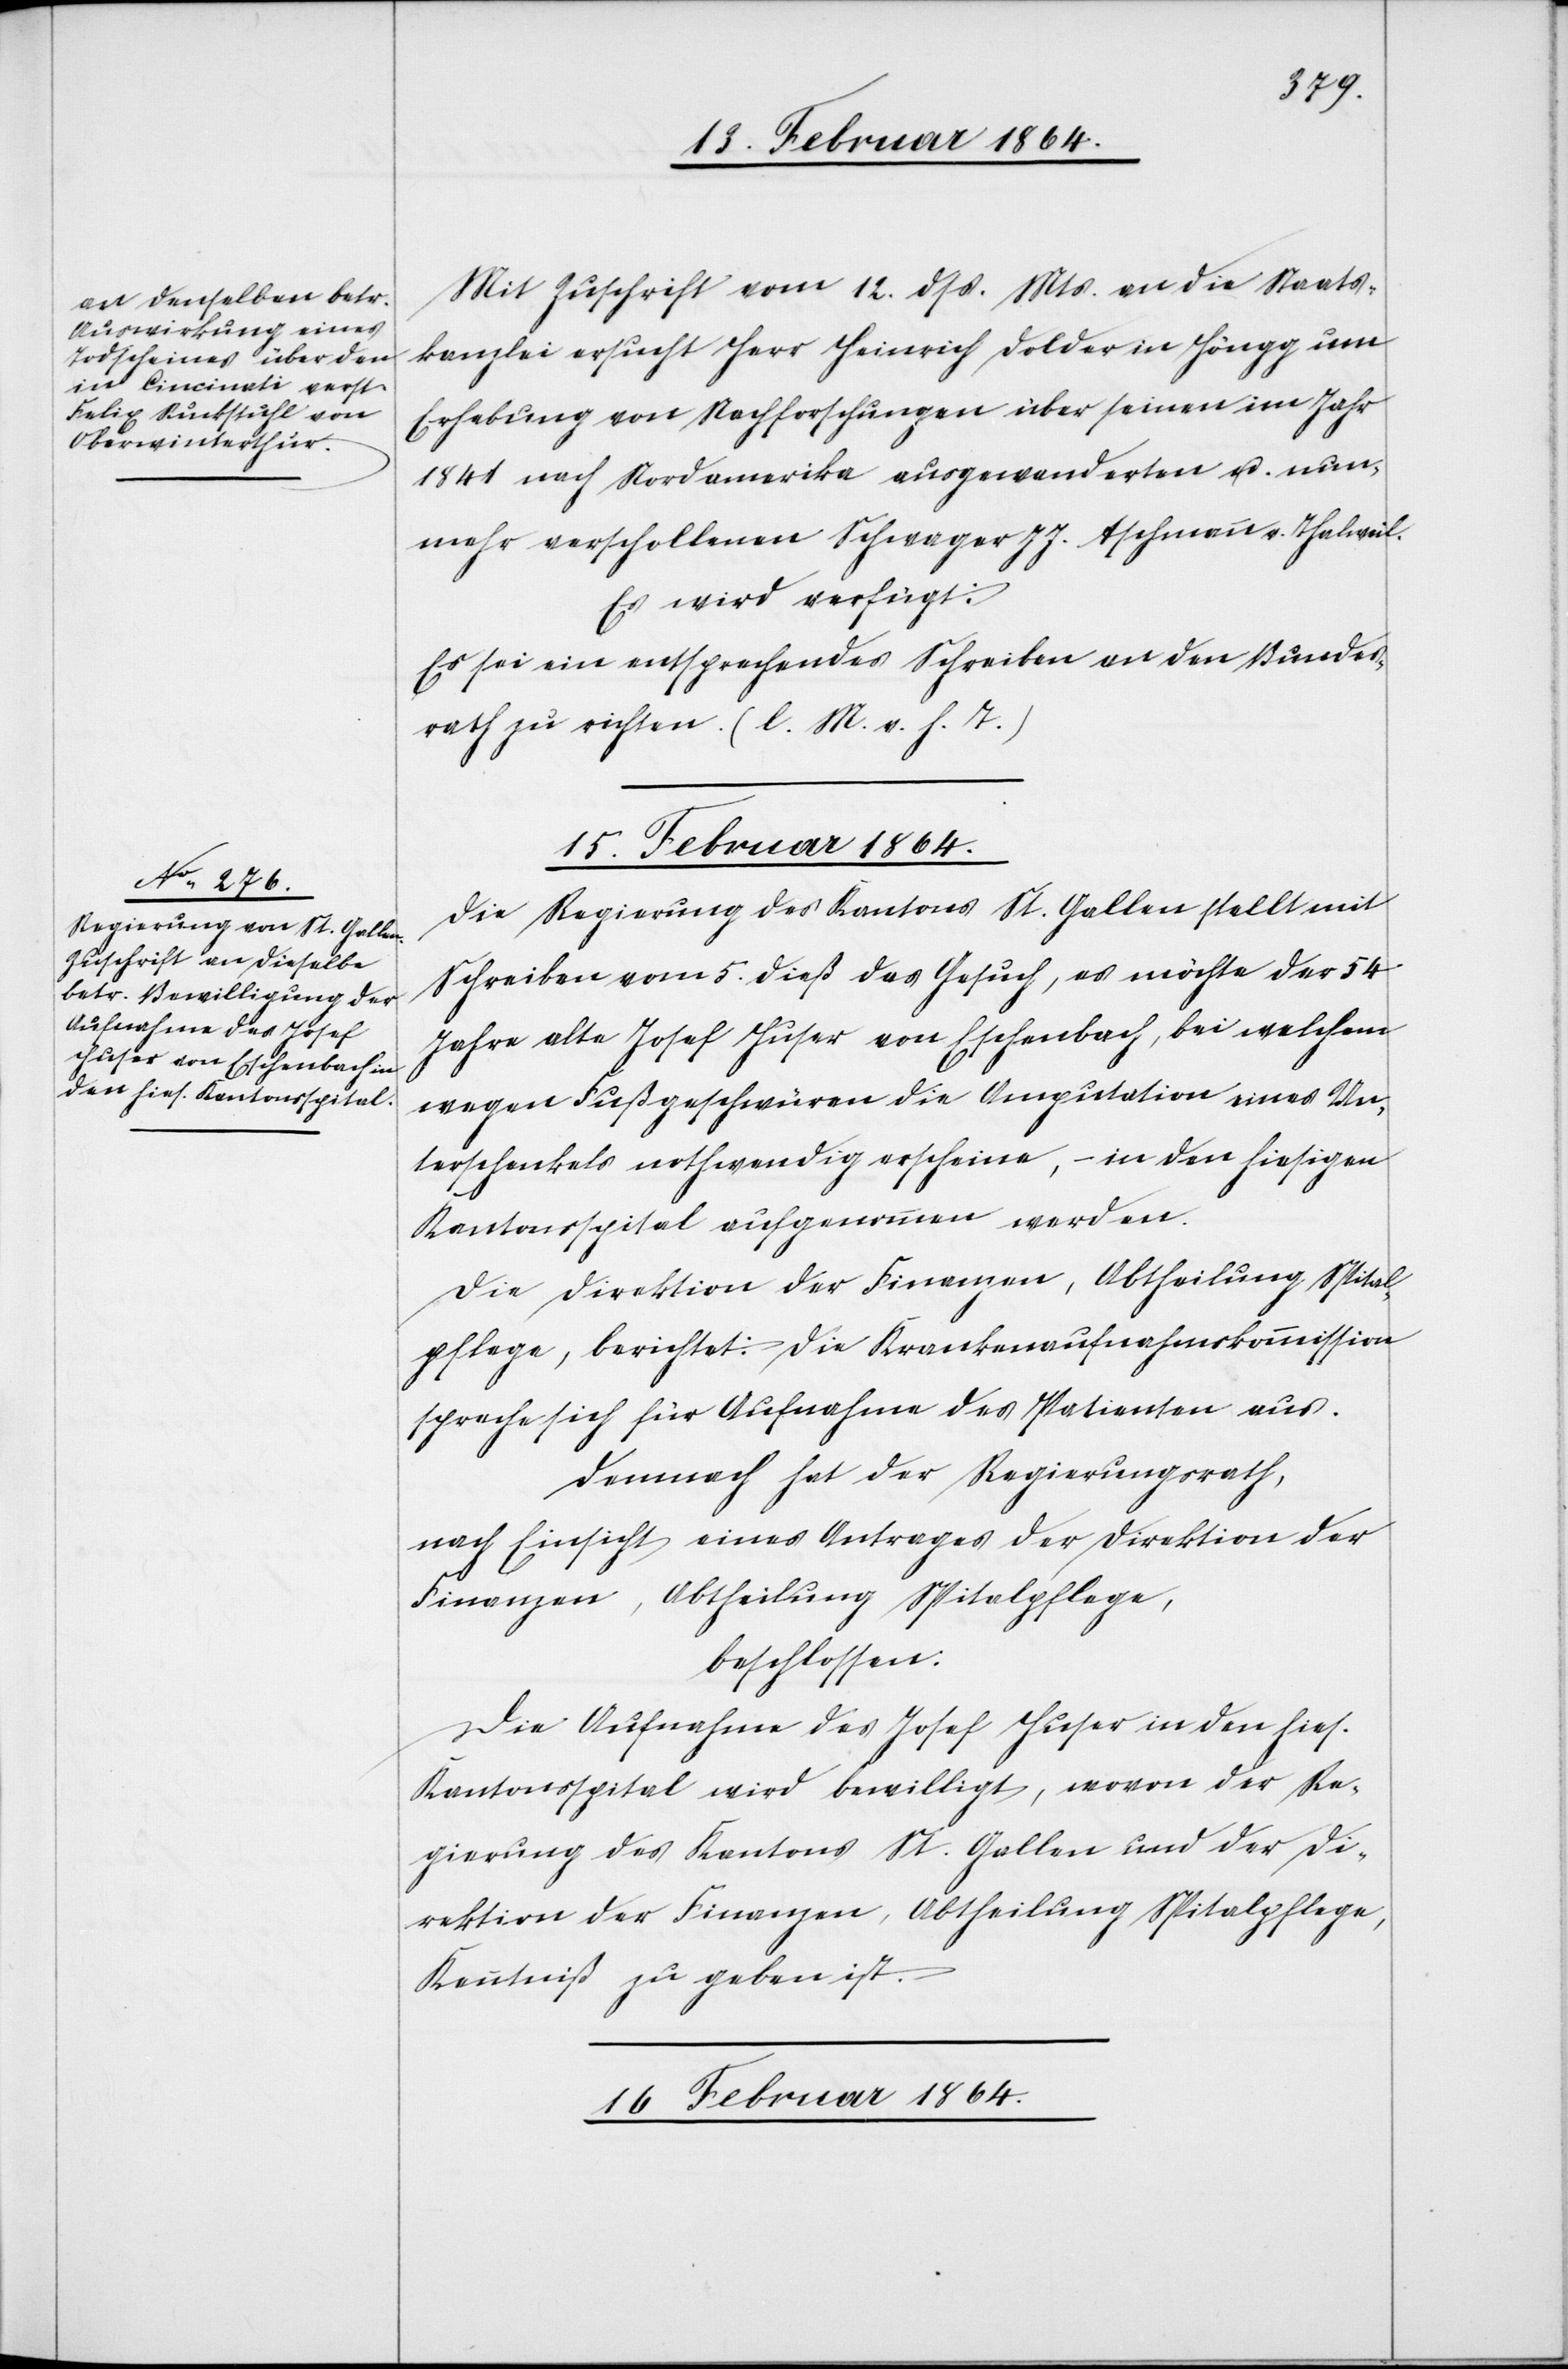
Mit Zuschrift vom 12. dss. Mts. an die Staats¬
kanzlei ersucht Herr Heinrich Dolder in Höngg um
Erhebung von Nachforschungen über seinen im Jahr
1841 nach Nordamerika ausgewanderten u. nun¬
mehr verschollenen Schwager J J. Aschmann v. Thalweil.
Es wird verfügt:
Es sei ein entsprechendes Schreiben an den Bundes¬
rath zu richten. (l. M. v. h. T.)
15. Februar 1864.
Die Regierung des Kantons St. Gallen stellt mit
Schreiben vom 5. dieß das Gesuch, es möchte der 54
Jahre alte Josef Huser von Eschenbach, bei welchem
wegen Fußgeschwüren die Amputation eines Un¬
terschenkels nothwendig erscheine, – in den hiesigen
Kantonsspital aufgenommen werden.
Die Direktion der Finanzen, Abtheilung Spital¬
pflege, berichtet: Die Krankenaufnahmekommission
spreche sich für Aufnahme des Patienten aus.
Demnach hat der Regierungsrath,
nach Einsicht eines Antrages der Direktion der
Finanzen, Abtheilung Spitalpflege,
beschlossen:
Die Aufnahme des Josef Huser in den hies.
Kantonsspital wird bewilligt, wovon der Re¬
gierung des Kantons St. Gallen und der Di¬
rektion der Finanzen, Abtheilung Spitalpflege,
Kenntniß zu geben ist.
16. Februar 1864.